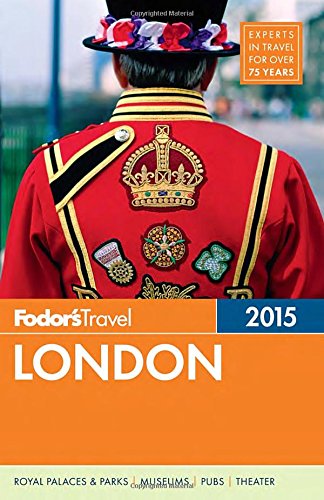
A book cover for Fodor's London 2015 (Full-color Travel Guide); Fodor's; Travel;